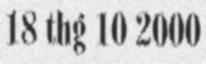
18 thg 10 2000